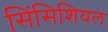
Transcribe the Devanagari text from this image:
सिंसिशियल